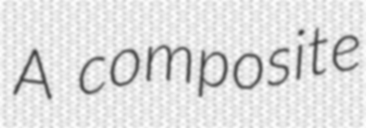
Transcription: A composite